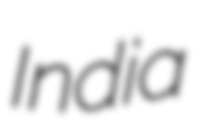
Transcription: India